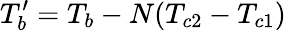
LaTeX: T_{b}^{\prime}=T_{b}-N(T_{c2}-T_{c1})